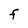
Character: F